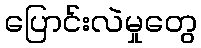
ပြောင်းလဲမှုတွေ